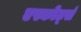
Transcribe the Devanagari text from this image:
एस्कोर्ट्स